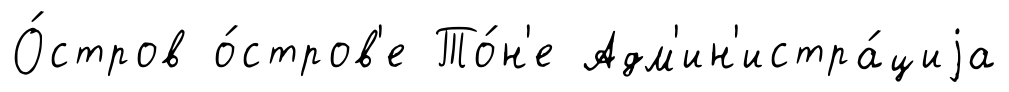
О́стров о́стров'е То́н'е Адм'ин'истра́циjа